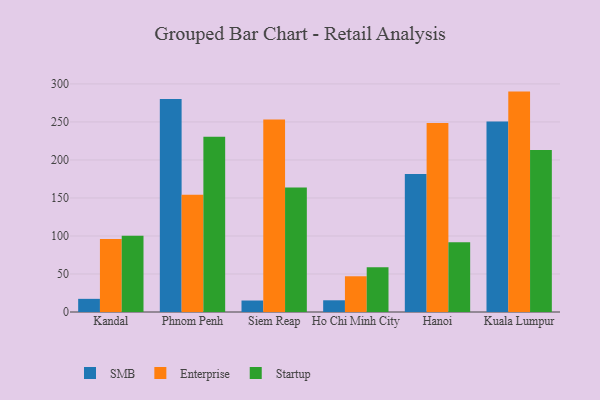
{"axis": {"x": "City", "y": "Population (Million)"}, "legend": ["Enterprise", "SMB", "Startup"], "data": [{"x": "Kandal", "y": 17.3, "type": "SMB"}, {"x": "Kandal", "y": 96.1, "type": "Enterprise"}, {"x": "Kandal", "y": 100.4, "type": "Startup"}, {"x": "Phnom Penh", "y": 280.3, "type": "SMB"}, {"x": "Phnom Penh", "y": 154.3, "type": "Enterprise"}, {"x": "Phnom Penh", "y": 230.5, "type": "Startup"}, {"x": "Siem Reap", "y": 15.1, "type": "SMB"}, {"x": "Siem Reap", "y": 253.3, "type": "Enterprise"}, {"x": "Siem Reap", "y": 163.8, "type": "Startup"}, {"x": "Ho Chi Minh City", "y": 15.4, "type": "SMB"}, {"x": "Ho Chi Minh City", "y": 47.0, "type": "Enterprise"}, {"x": "Ho Chi Minh City", "y": 58.8, "type": "Startup"}, {"x": "Hanoi", "y": 181.6, "type": "SMB"}, {"x": "Hanoi", "y": 248.7, "type": "Enterprise"}, {"x": "Hanoi", "y": 91.7, "type": "Startup"}, {"x": "Kuala Lumpur", "y": 250.7, "type": "SMB"}, {"x": "Kuala Lumpur", "y": 289.9, "type": "Enterprise"}, {"x": "Kuala Lumpur", "y": 213.2, "type": "Startup"}]}